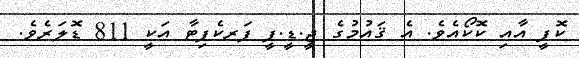
ކޮފީ އާއި ކޮކޯއެވެ. އެ ޤައުމުގެ ޖީ.ޑީ.ޕީ ޕަރކެޕިޓާ އަކީ 811 ޑޮލަރެވެ.